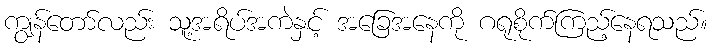
ကျွန်တော်လည်း သူ့အရိပ်အကဲနှင့် အခြေအနေကို ဂရုစိုက်ကြည့်နေရသည်။